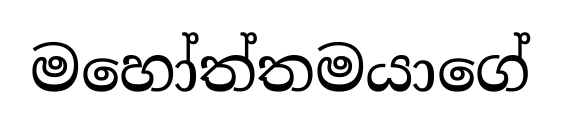
මහෝත්තමයාගේ